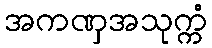
အကဏှအသုက္ကံ